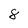
Character: 8